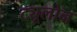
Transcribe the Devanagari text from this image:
ट्यूलोन